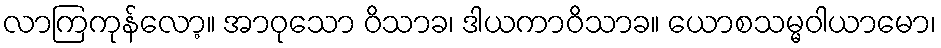
လာကြကုန်လော့။ အာဝုသော ဝိသာခ၊ ဒါယကာဝိသာခ။ ယောစသမ္မဝါယာမော၊